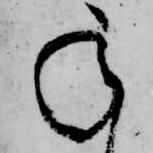
承